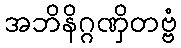
အဘိနိဂ္ဂဏှိတဗ္ဗံ